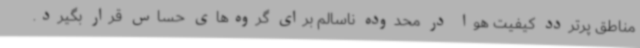
مناطق پرتردد کیفیت هوا در محدوده ناسالم برای گروه‌های حساس قرار بگیرد.